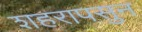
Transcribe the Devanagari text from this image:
शहरापसुन